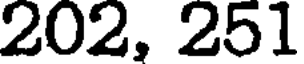
202, 251